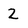
Character: 2